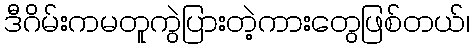
ဒီဂိမ်းကမတူကွဲပြားတဲ့ကားတွေဖြစ်တယ်၊